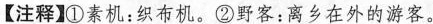
【注释】①素机：织布机。②野客：离乡在外的游客。